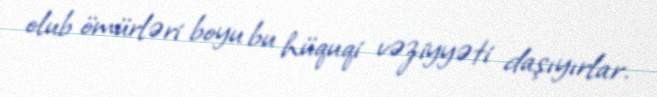
olub ömürləri boyu bu hüquqi vəziyyəti daşıyırlar.